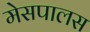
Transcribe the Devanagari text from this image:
मेसपालस